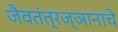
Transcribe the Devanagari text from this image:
जैवतंत्रज्ञानाचे